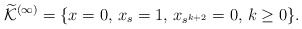
\begin{align*}\widetilde{\mathcal{K}}^{(\infty)} = \{ x=0,\, x_s = 1,\, x_{s^{k+2}}=0,\, k\geq 0 \}.\end{align*}